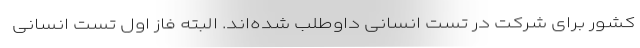
کشور برای شرکت در تست انسانی داوطلب شده‌اند. البته فاز اول تست انسانی